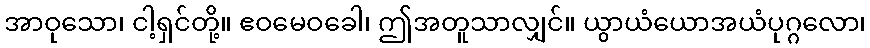
အာဝုသော၊ ငါ့ရှင်တို့။ ဧဝမေဝခေါ၊ ဤအတူသာလျှင်။ ယွာယံယောအယံပုဂ္ဂလော၊